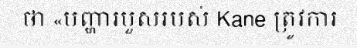
ថា «បញ្ហារបួសរបស់ Kane ត្រូវការ